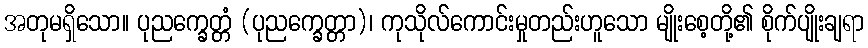
အတုမရှိသော။ ပုညက္ခေတ္တံ (ပုညက္ခေတ္တာ)၊ ကုသိုလ်ကောင်းမှုတည်းဟူသော မျိုးစေ့တို့၏ စိုက်ပျိုးချရာ